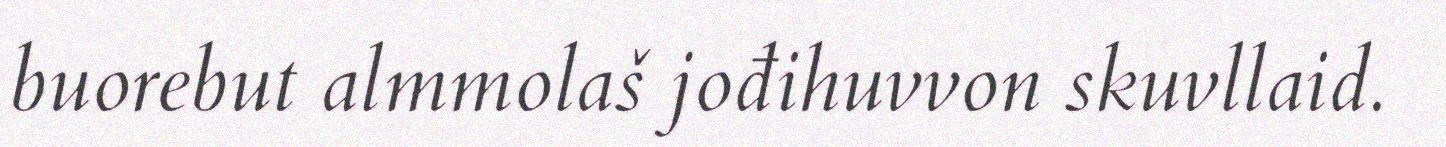
buorebut almmolaš jođihuvvon skuvllaid.